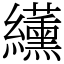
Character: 䌲